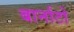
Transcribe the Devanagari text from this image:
बार्नाटो